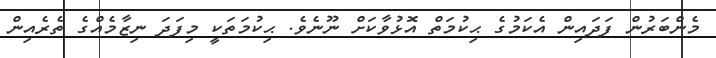
މެންބަރުން ފަދައިން އެކަމުގެ ޙިކުމަތް އޮޅުވާކަށް ނޫނެވެ. ޙިކުމަތަކީ މިފަދަ ނިޒާމެއްގެ ތެރެއިން